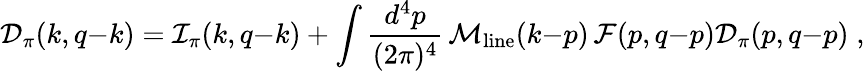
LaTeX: {\cal D}_{\pi}(k,q{-}k)={\cal I}_{\pi}(k,q{-}k)+\int{\frac{d^{4}p}{(2\pi)^{4}}}\, {\cal M}_{\mathrm{line}}(k{-}p)\, {\cal F}(p,q{-}p){\cal D}_{\pi}(p,q{-}p)\; ,